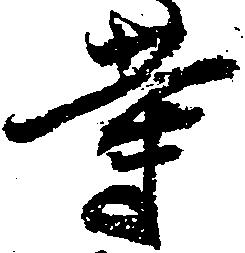
等